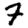
Digit: 7